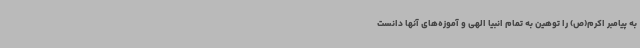
به پیامبر اکرم(ص) را توهین به تمام انبیا الهی و آموزه‌های آنها دانست